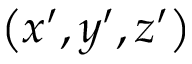
\left( x ^ { \prime } , y ^ { \prime } , z ^ { \prime } \right)